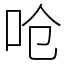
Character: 呛